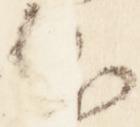
不